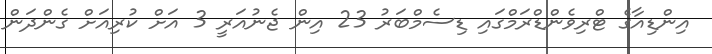
އިންޑިއާގެ ޓްރިވެންޑްރަމްގައި ޑިސެމްބަރު 23 އިން ޖެނުއަރީ 3 އަށް ކުރިއަށް ގެންދަން